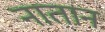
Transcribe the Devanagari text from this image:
नातान